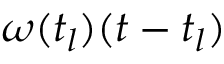
\omega ( t _ { l } ) ( t - t _ { l } )